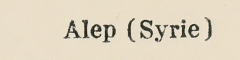
Alep (Syrie)